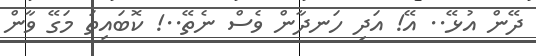
ދޭން އުޅޭ.. އޭ! އަދި ހަނދާން ވެސް ނެތޭ..! ކޮބައިތަ މަގޭ ވާން